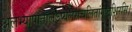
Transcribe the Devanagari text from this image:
अलभ्यापातालेऽप्यलसचलितांगुष्ठशिरसि।